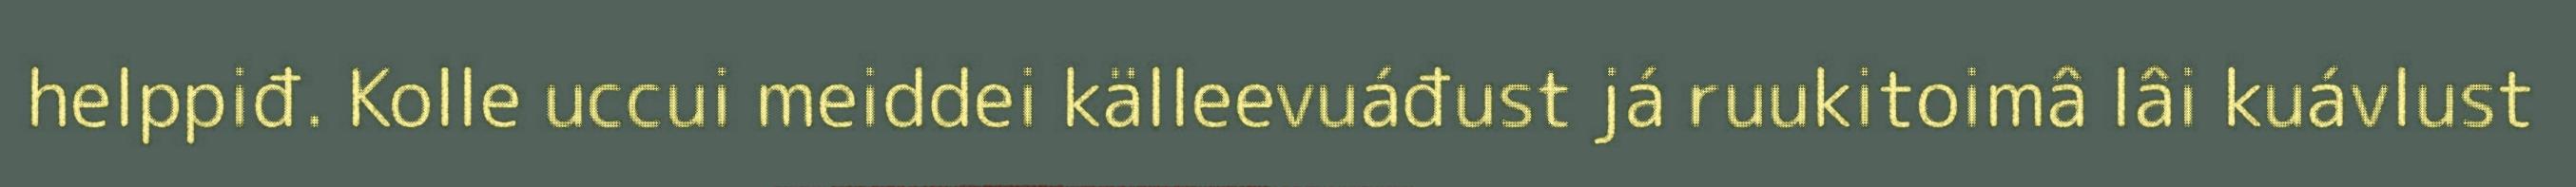
helppiđ. Kolle uccui meiddei källeevuáđust já ruukitoimâ lâi kuávlust